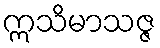
ဣသိမာသဇ္ဇ